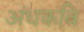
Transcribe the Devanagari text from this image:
अंधकवि